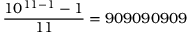
{ \frac { 1 0 ^ { 1 1 - 1 } - 1 } { 1 1 } } = 9 0 9 0 9 0 9 0 9